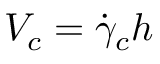
V _ { c } = \dot { \gamma } _ { c } h